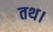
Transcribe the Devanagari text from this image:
तथ।